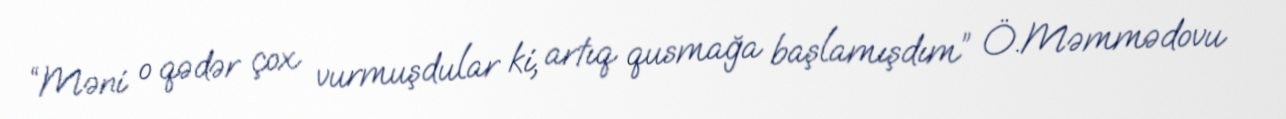
“Məni o qədər çox vurmuşdular ki, artıq qusmağa başlamışdım” Ö.Məmmədovu